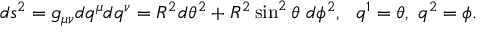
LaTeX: d s ^ { 2 } = g _ { \mu \nu } d q ^ { \mu } d q ^ { \nu } = R ^ { 2 } d \theta ^ { 2 } + R ^ { 2 } \sin ^ { 2 } \theta ~ d \phi ^ { 2 } , ~ ~ q ^ { 1 } = \theta , ~ q ^ { 2 } = \phi .